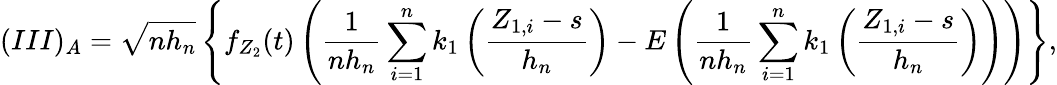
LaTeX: (III)_{A}=\sqrt{nh_{n}}\left\{ f_{Z_{2}}(t)\left(\frac{1}{nh_{n}}\sum_{i=1}^{n}k_{1}\left(\frac{Z_{1,i}-s}{h_{n}}\right)-E\left(\frac{1}{nh_{n}}\sum_{i=1}^{n}k_{1}\left(\frac{Z_{1,i}-s}{h_{n}}\right)\right)\right)\right\} ,